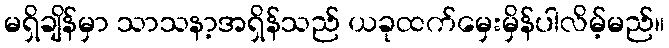
မရှိချိန်မှာ သာသနာ့အရှိန်သည် ယခုထက်မှေးမှိန်ပါလိမ့်မည်။